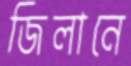
জিলানে